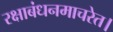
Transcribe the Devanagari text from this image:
रक्षाबंधनमाचरेत।